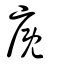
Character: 廐